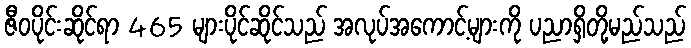
ဇီဝပိုင်းဆိုင်ရာ 465 များပိုင်ဆိုင်သည် အလုပ်အကောင့်များကို ပညာရှိတို့မည်သည်